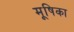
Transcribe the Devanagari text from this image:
मूषिका